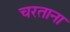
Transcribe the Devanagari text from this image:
चरताना